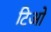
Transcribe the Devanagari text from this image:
टिओ